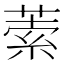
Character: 𦵫